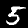
Label: 5